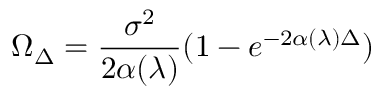
\Omega _ { \Delta } = \frac { \sigma ^ { 2 } } { 2 \alpha ( \lambda ) } ( 1 - e ^ { - 2 \alpha ( \lambda ) \Delta } )